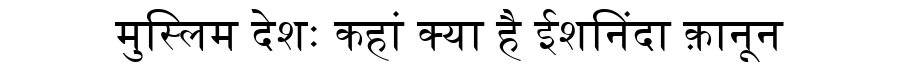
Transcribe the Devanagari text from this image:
मुस्लिम देशः कहां क्या है ईशनिंदा क़ानून